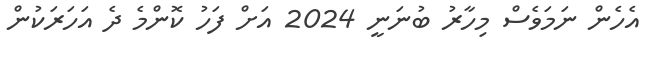
އެހެން ނަމަވެސް މިހާރު ބުނަނީ 2024 އަށް ފަހު ކޮންމެ ދެ އަހަރަކުން